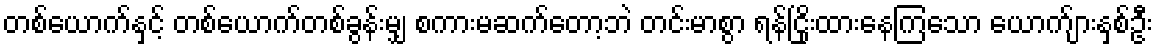
တစ်ယောက်နှင့် တစ်ယောက်တစ်ခွန်းမျှ စကားမဆက်တော့ဘဲ တင်းမာစွာ ရန်ငြိုးထားနေကြသော ယောက်ျားနှစ်ဦး